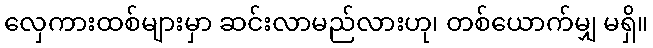
လှေကားထစ်များမှာ ဆင်းလာမည်လားဟု၊ တစ်ယောက်မျှ မရှိ။